Leaving Certificate, 1899
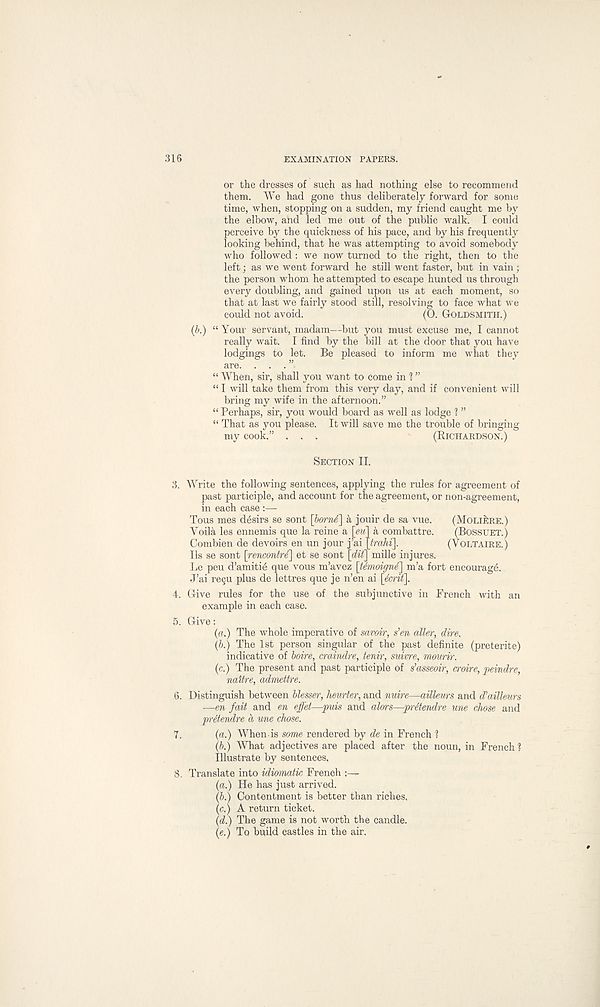
316
EXAMINATION PAPERS.
or the dresses of such as had nothing else to recommend
them. We had gone thus deliberately forward for some
time, when, stopping on a sudden, my friend caught me by
the elbow, and led me out of the public walk. I could
perceive by the quickness of his pace, and by his frequently
looking behind, that he was attempting to avoid somebody
who followed : we now turned to the right, then to the
left; as we went forward he still went faster, but in vain ;
the person whom he attempted to escape hunted us through
every doubling, and gained upon us at each moment, so
that at last we fairly stood still, resolving to face what we
could not avoid.
(0. GOLDSMITH.)
(b.) “ Your servant, madam—but you must excuse me, I cannot
really wait. I find by the bill at the door that you have
lodgings to let. Be pleased to inform me what they
are. . . . ”
“ When, sir, shall you want to come in ? ”
“ I will take them from this very day, and if convenient will
bring my wife in the afternoon.”
“ Perhaps, sir, you would board as well as lodge ? ”
“ That as you please. It will save me the trouble of bringing
my cook,” . . .
(RICHARDSON.)
SECTION II.
3. Write the following sentences, applying the rules for agreement of
past participle, and account for the agreement, or non-agreement,
in each case :—
Tous mes desirs se sont \born£\ k jouir de sa vue.
(MOLIERE.)
Voila les ennemis que la reine a \eu\ a combattre.
(BOSSUET.)
Combien de devoirs en un jour j’ai [Iraki].
(VOLTAIRE.)
Ils se sont [rewonM') et se sont \_dit] mille injures.
Le peu d’amiti6 que vous m’avez [Mmoigne] m’a fort encourage.
J’ai regu plus de lettres que je n’en ai \6crit\.
4. Give rules for the use of the subjunctive in French with an
example in each case.
5. Give:
{a.) The whole imperative of savoir, s’en aller, dire.
(b.) The 1st person singular of the past definite (preterite)
indicative of boire, craindre, tenir, suivre, mourir.
(c.) The present and past participle of s’asseoir, croire, peindre,
native, admettre.
6. Distinguish between blesser, heurter, and nuire—ailleurs and d’aillmrs
—en fait and en effet—puis and alors—prltendre une chose and
preteridre h une chose.
7.
(a.) When is some rendered by de in French ?
(b.) What adjectives are placed after the noun, in French 1
Illustrate by sentences,
8. Translate into idiomatic French
(a.) He has just arrived.
(b.) Contentment is better than riches,
(c.) A return ticket.
(d.) The game is not worth the candle.
(e.) To build castles in the air.